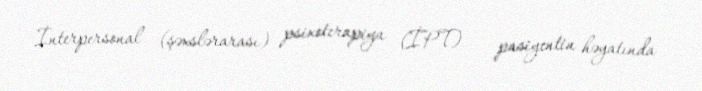
İnterpersonal (şəxslərarası) psixoterapiya (İPT) – pasiyentin həyatında